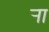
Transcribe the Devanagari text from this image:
र्‍ाा